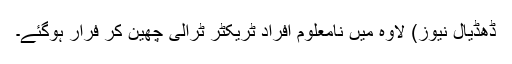
ڈھڈیال نیوز) لاوہ میں نامعلوم افراد ٹریکٹر ٹرالی چھین کر فرار ہوگئے۔